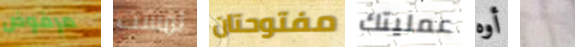
مرفوض لمست مفتوحتان عمليتك أوه لأمه